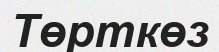
Төрткөз